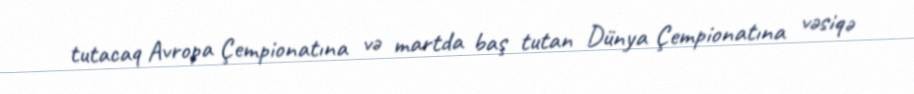
tutacaq Avropa Çempionatına və martda baş tutan Dünya Çempionatına vəsiqə